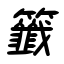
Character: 籤